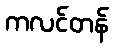
ကလင်တန်